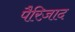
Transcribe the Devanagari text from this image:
पैरिज़ाद